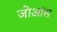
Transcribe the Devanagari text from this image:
जोआंस